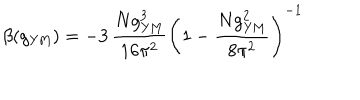
LaTeX: \beta ( g _ { \mathrm { Y M } } ) = - 3 \, \frac { N g _ { \mathrm { Y M } } ^ { 3 } } { 1 6 \pi ^ { 2 } } \left( 1 - \frac { N g _ { \mathrm { Y M } } ^ { 2 } } { 8 \pi ^ { 2 } } \right) ^ { - 1 }